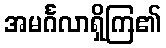
အမင်္ဂလာရှိကြ၏